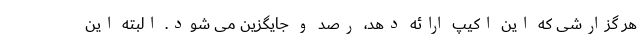
هر گزارشی که این اکیپ ارائه دهد، رصد و جایگزین می شود. البته این